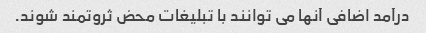
درآمد اضافی آنها می توانند با تبلیغات محض ثروتمند شوند.